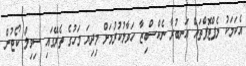
އެކަމަކު ލެޕްޓޮޕްތައް އަނބުރާ ނެކްސްބިޒާ ހަވާލުކުރުމަށް މިދިޔަ މަހުގެ ތެރޭގައި ސިވިލް ކޯޓުން